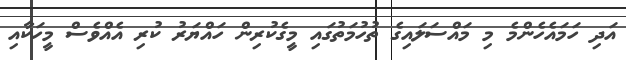
އަދި ހަމައެހެންމެ މި މައްސަލައިގެ ތުހުމަތުގައި މީގެކުރިން ހައްޔަރު ކުރި އެއްވެސް މީހަކާއި